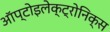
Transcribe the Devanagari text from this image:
ऑप्टोइलेक्ट्रोनिक्स